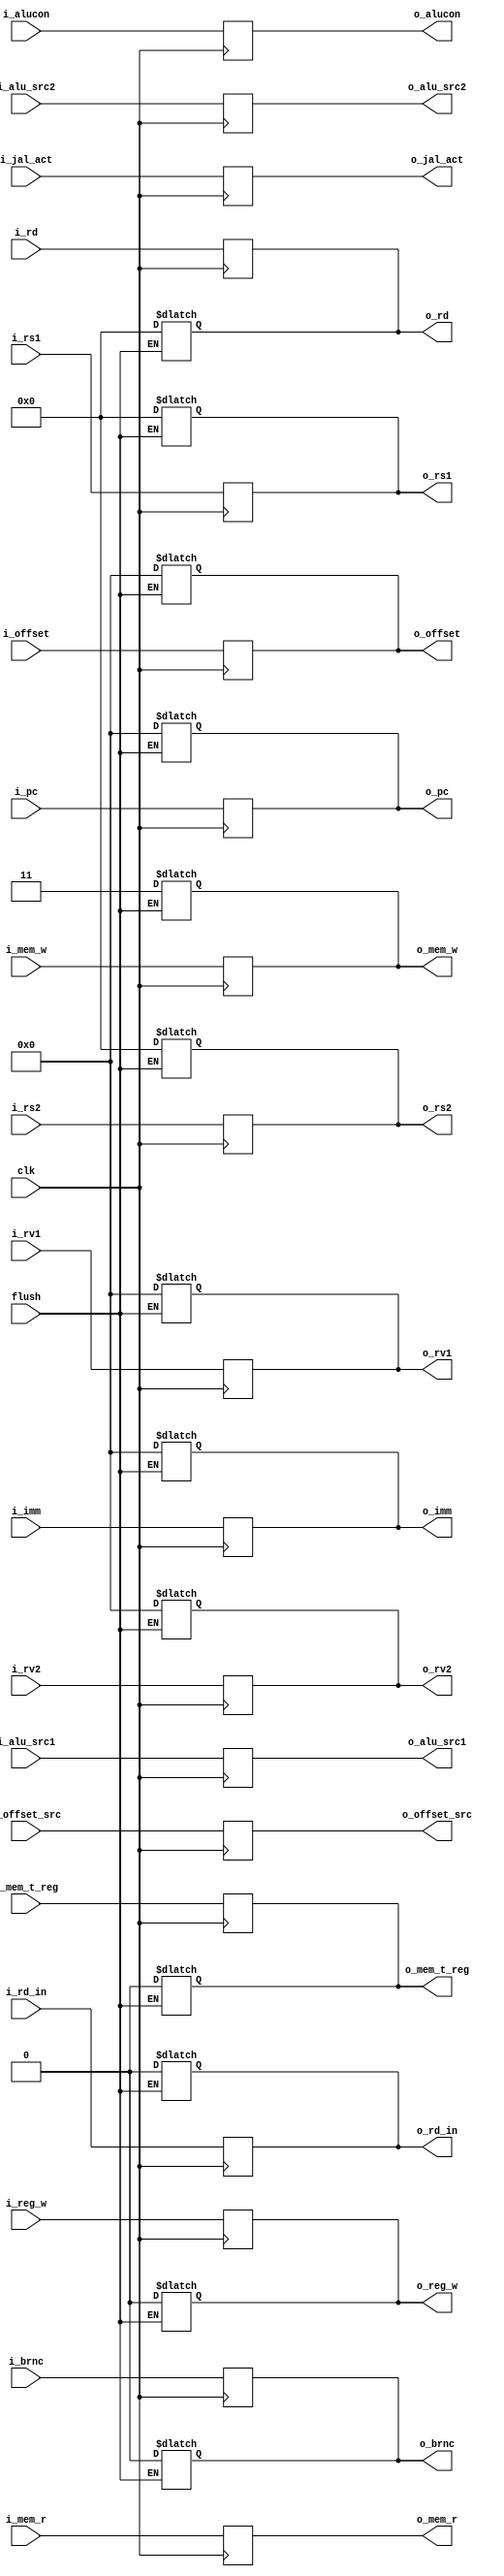
// ID\EX pipeline register

module idex( clk, i_pc, i_rs1, i_rs2, i_rv1, i_rv2, i_rd, i_imm, i_offset, i_brnc, i_mem_r, i_mem_t_reg, i_alucon, i_mem_w, i_alu_src1, i_alu_src2, i_reg_w, i_offset_src, i_jal_act, i_rd_in,
			         o_pc, o_rs1, o_rs2, o_rv1, o_rv2, o_rd, o_imm, o_offset, o_brnc, o_mem_r, o_mem_t_reg, o_alucon, o_mem_w, o_alu_src1, o_alu_src2, o_reg_w, o_offset_src, o_jal_act, o_rd_in, flush);

			 input [31:0] i_pc, i_rv1, i_rv2, i_imm, i_offset;
			 input i_brnc, i_mem_t_reg, i_alu_src1, i_reg_w, i_alu_src2, i_offset_src, i_jal_act, i_rd_in, flush, clk;
			 input [1:0] i_mem_w, i_mem_r;
			 input [4:0] i_alucon, i_rs1, i_rs2, i_rd;

			 output reg [31:0] o_pc, o_rv1, o_rv2, o_imm, o_offset;
			 output reg o_brnc, o_mem_t_reg, o_alu_src1, o_reg_w, o_alu_src2, o_offset_src, o_jal_act, o_rd_in;
			 output reg [1:0] o_mem_w, o_mem_r;
			 output reg [4:0] o_alucon, o_rs1, o_rs2, o_rd;

			 reg brnc, mem_t_reg, alu_src1, reg_w, alu_src2, offset_src, jal_act, rd_in;
 			 reg[1:0] mem_w, mem_r;
 			 reg [4:0] alucon, rd, rs1, rs2;

 			 reg [31:0] pc, rv1, rv2, imm, offset;

 			 always@(*) begin

				o_pc <= pc;
				o_rs1 <= rs1;
				o_rs2 <= rs2;
				o_rv1 <= rv1;
				o_rv2 <= rv2;
				o_rd <= rd;
				o_imm <= imm;
				o_offset <= offset;

				o_brnc <= brnc;
				o_mem_t_reg <= mem_t_reg;
				o_alu_src1 <= alu_src1;
				o_reg_w <= reg_w;
				o_alu_src2 <= alu_src2;
				o_offset_src <= offset_src;
				o_jal_act <= jal_act;
				o_rd_in <= rd_in;
				o_mem_w <= mem_w;
				o_mem_r <= mem_r;
				o_alucon <= alucon;

				if(flush) begin
					pc <= 0;
					rv1 <= 0;
					rv2 <= 0;
					rs1 <= 0;
					rs2 <= 0;
					rd <= 0;
					imm <= 0;
					offset <= 0;
					mem_w <= 2'b11;
					reg_w <= 0;
					brnc <= 0;
					mem_t_reg <= 0;
					rd_in <= 0;
					end

			 end

			 always @ (posedge clk) begin

				pc <= i_pc;
				rs1 <= i_rs1;
				rs2 <= i_rs2;
				rv1 <= i_rv1;
				rv2 <= i_rv2;
				rd <= i_rd;
				imm <= i_imm;
				offset <= i_offset;
				
				brnc <= i_brnc;
				mem_t_reg <= i_mem_t_reg;
				alu_src1 <= i_alu_src1;
				reg_w <= i_reg_w;
				alu_src2 <= i_alu_src2;
				offset_src <= i_offset_src;
				jal_act <= i_jal_act;
				rd_in <= i_rd_in;
				mem_w <= i_mem_w;
				mem_r <= i_mem_r;
				alucon <= i_alucon;

			 end
endmodule